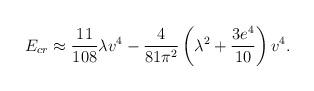
LaTeX: \begin{align*}E_{cr} \approx {11\over 108} \lambda v^4 - {4\over81\pi^2} \left( \lambda^2 + {3e^4\over 10}\right) v^4. \end{align*}